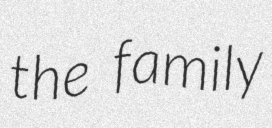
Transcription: the family